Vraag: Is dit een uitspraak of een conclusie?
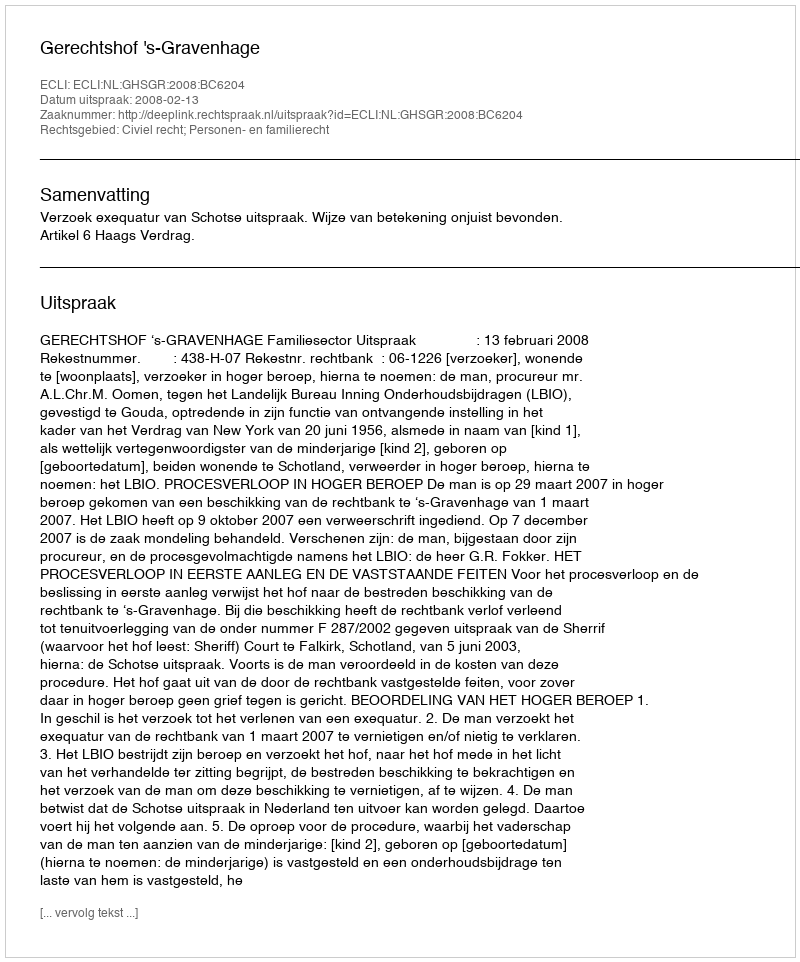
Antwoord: Uitspraak